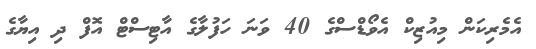
އެމެރިކަން މިއުޒިކް އެވޯޑްސްގެ 40 ވަނަ ހަފުލާގެ އާޓިސްޓް އޮފް ދި އިޔާގެ